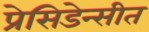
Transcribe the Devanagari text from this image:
प्रेसिडेन्सीत